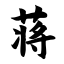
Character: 蒋